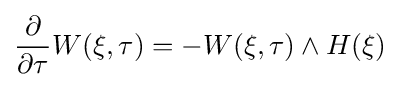
{\frac {\partial }{\partial \tau }}W(\xi ,\tau )=-W(\xi ,\tau )\wedge H(\xi )